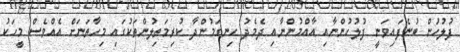
ފުލުހުން ބުނެފައިވަނީ ފުލުހުންނާއި އާއްމުންނާއި ދެމެދު ހިނގަމުންދާ ކުރިމަތިލުންތަކުގައި މިހާތަނަށް އެއްވެސް މީހަކު